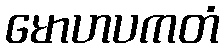
မောဟပကတံ